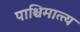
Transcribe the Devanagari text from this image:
पाश्चिमात्त्य